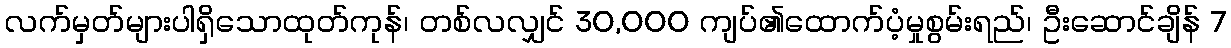
လက်မှတ်များပါရှိသောထုတ်ကုန်၊ တစ်လလျှင် 30,000 ကျပ်၏ထောက်ပံ့မှုစွမ်းရည်၊ ဦးဆောင်ချိန် 7